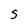
Character: S